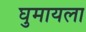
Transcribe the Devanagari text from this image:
घुमायला